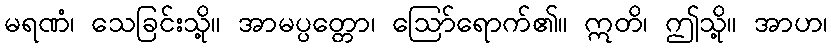
မရဏံ၊ သေခြင်းသို့။ အာမပ္ပတ္တော၊ ဩော်ရောက်၏။ ဣတိ၊ ဤသို့။ အာဟ၊